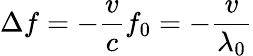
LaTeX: \Delta{}f=-\frac{v}{c}f_{0}=-\frac{v}{\lambda_{0}}